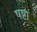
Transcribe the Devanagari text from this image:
षष्ट।